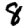
Digit: 8